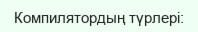
Компилятордың түрлері: